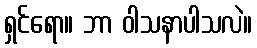
ရှင်ရော။ ဘာ ဝါသနာပါသလဲ။